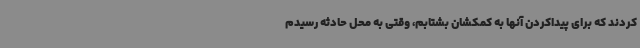
کردند که برای پیداکردن آنها به کمکشان بشتابم، وقتی به محل حادثه رسیدم